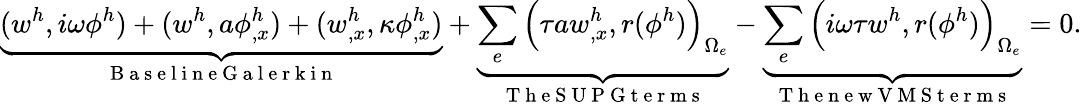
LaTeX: \underbrace{(w^{h},i\omega\phi^{h})+(w^{h},a\phi_{,x}^{h})+(w_{,x}^{h},\kappa\phi_{,x}^{h})}_{\mathrm{~B~a~s~e~l~i~n~e~G~a~l~e~r~k~i~n~}}+\underbrace{\sum_{e}\Big(\tau aw_{,x}^{h},r(\phi^{h})\Big)_{\Omega_{e}}}_{\mathrm{~T~h~e~S~U~P~G~t~e~r~m~s~}}-\underbrace{\sum_{e}\Big(i\omega\tau w^{h},r(\phi^{h})\Big)_{\Omega_{e}}}_{\mathrm{~T~h~e~n~e~w~V~M~S~t~e~r~m~s~}}=0.